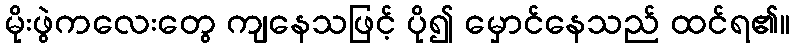
မိုးဖွဲကလေးတွေ ကျနေသဖြင့် ပို၍ မှောင်နေသည် ထင်ရ၏။